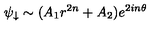
\psi _ { \downarrow } \sim ( A _ { 1 } r ^ { 2 n } + A _ { 2 } ) e ^ { 2 i n \theta }